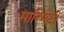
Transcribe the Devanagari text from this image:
मारिनेटी